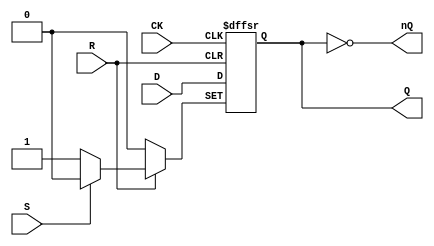
// Fujitsu AV cell
// DFF with SET and RESET
// furrtek 2022

`timescale 1ns/100ps

module FDP(
	input CK,
	input D,
	input S, R,
	output reg Q = 1'b0,
	output nQ
);

	always @(posedge CK, negedge S, negedge R) begin
		if (!S)
			Q <= 1'b1;	// tmax = 3.0ns
		else if (!R)
			Q <= 1'b0;	// tmax = 2.9ns
		else
			Q <= #1 D;	// tmax = 6.1ns
	end
	
	assign nQ = ~Q;

endmodule